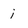
Character: i